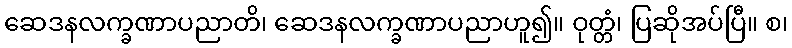
ဆေဒနလက္ခဏာပညာတိ၊ ဆေဒနလက္ခဏာပညာဟူ၍။ ဝုတ္တံ၊ ပြဆိုအပ်ပြီ။ စ၊